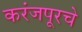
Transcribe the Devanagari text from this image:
करंजपूरचे